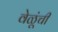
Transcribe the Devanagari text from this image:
वेळूंची